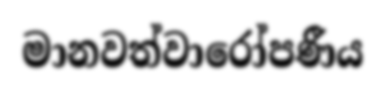
මානවත්වාරෝපණීය